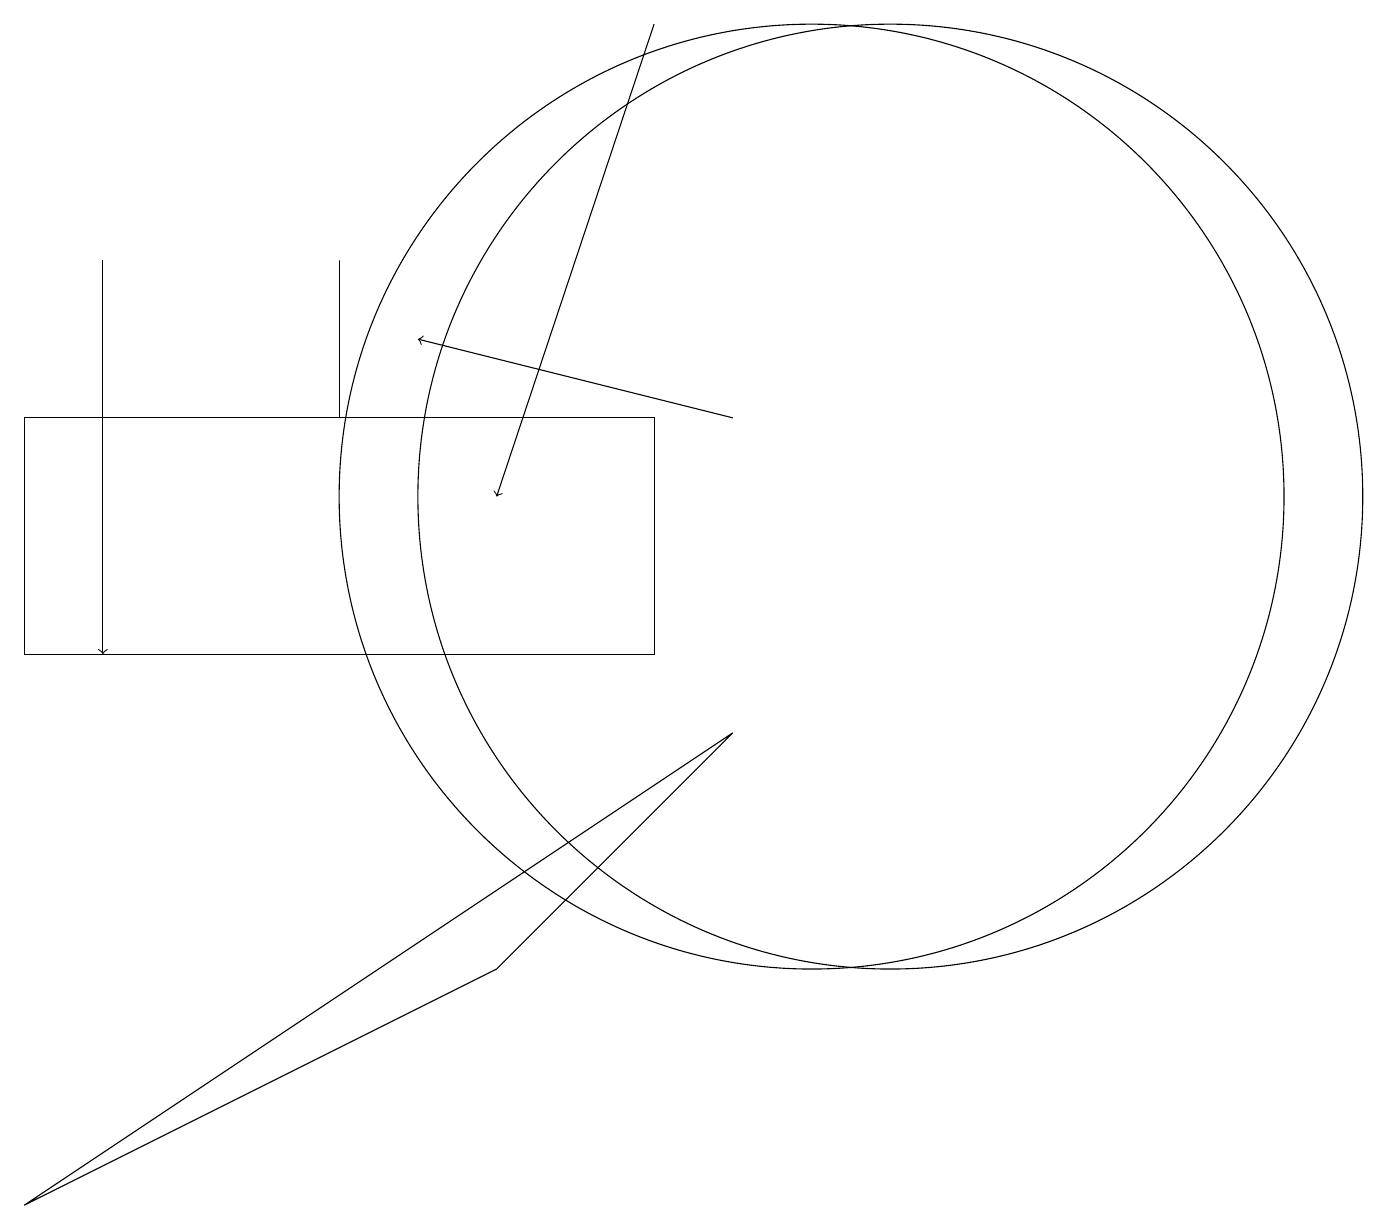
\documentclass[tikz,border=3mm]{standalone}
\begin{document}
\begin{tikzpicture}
\draw (4,15) rectangle (4,13);
\draw[->] (1,15) -- (1,10);
\draw (11,12) circle (6);
\draw (6,6) -- (0,3) -- (9,9) -- cycle;
\draw[->] (8,18) -- (6,12);
\draw (8,10) rectangle (0,13);
\draw[->] (9,13) -- (5,14);
\draw (10,12) circle (6);
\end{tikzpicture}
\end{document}